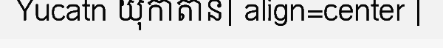
Yucatn យុកាតាន| align=center |